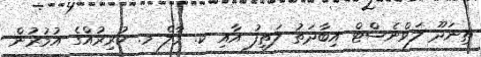
ތިނަދޫ ލަވްނެސްޓް އިބާދަތު ލަޠީފު އާއި ކ. މާލެ މ. ކުރިރުއްގެ އުމުރުން